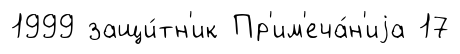
1999 защи́тн'ик Пр'им'еча́н'иjа 17